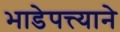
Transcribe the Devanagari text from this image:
भाडेपत्त्याने